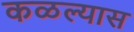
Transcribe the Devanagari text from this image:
कळल्यास